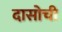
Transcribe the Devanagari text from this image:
दासोची